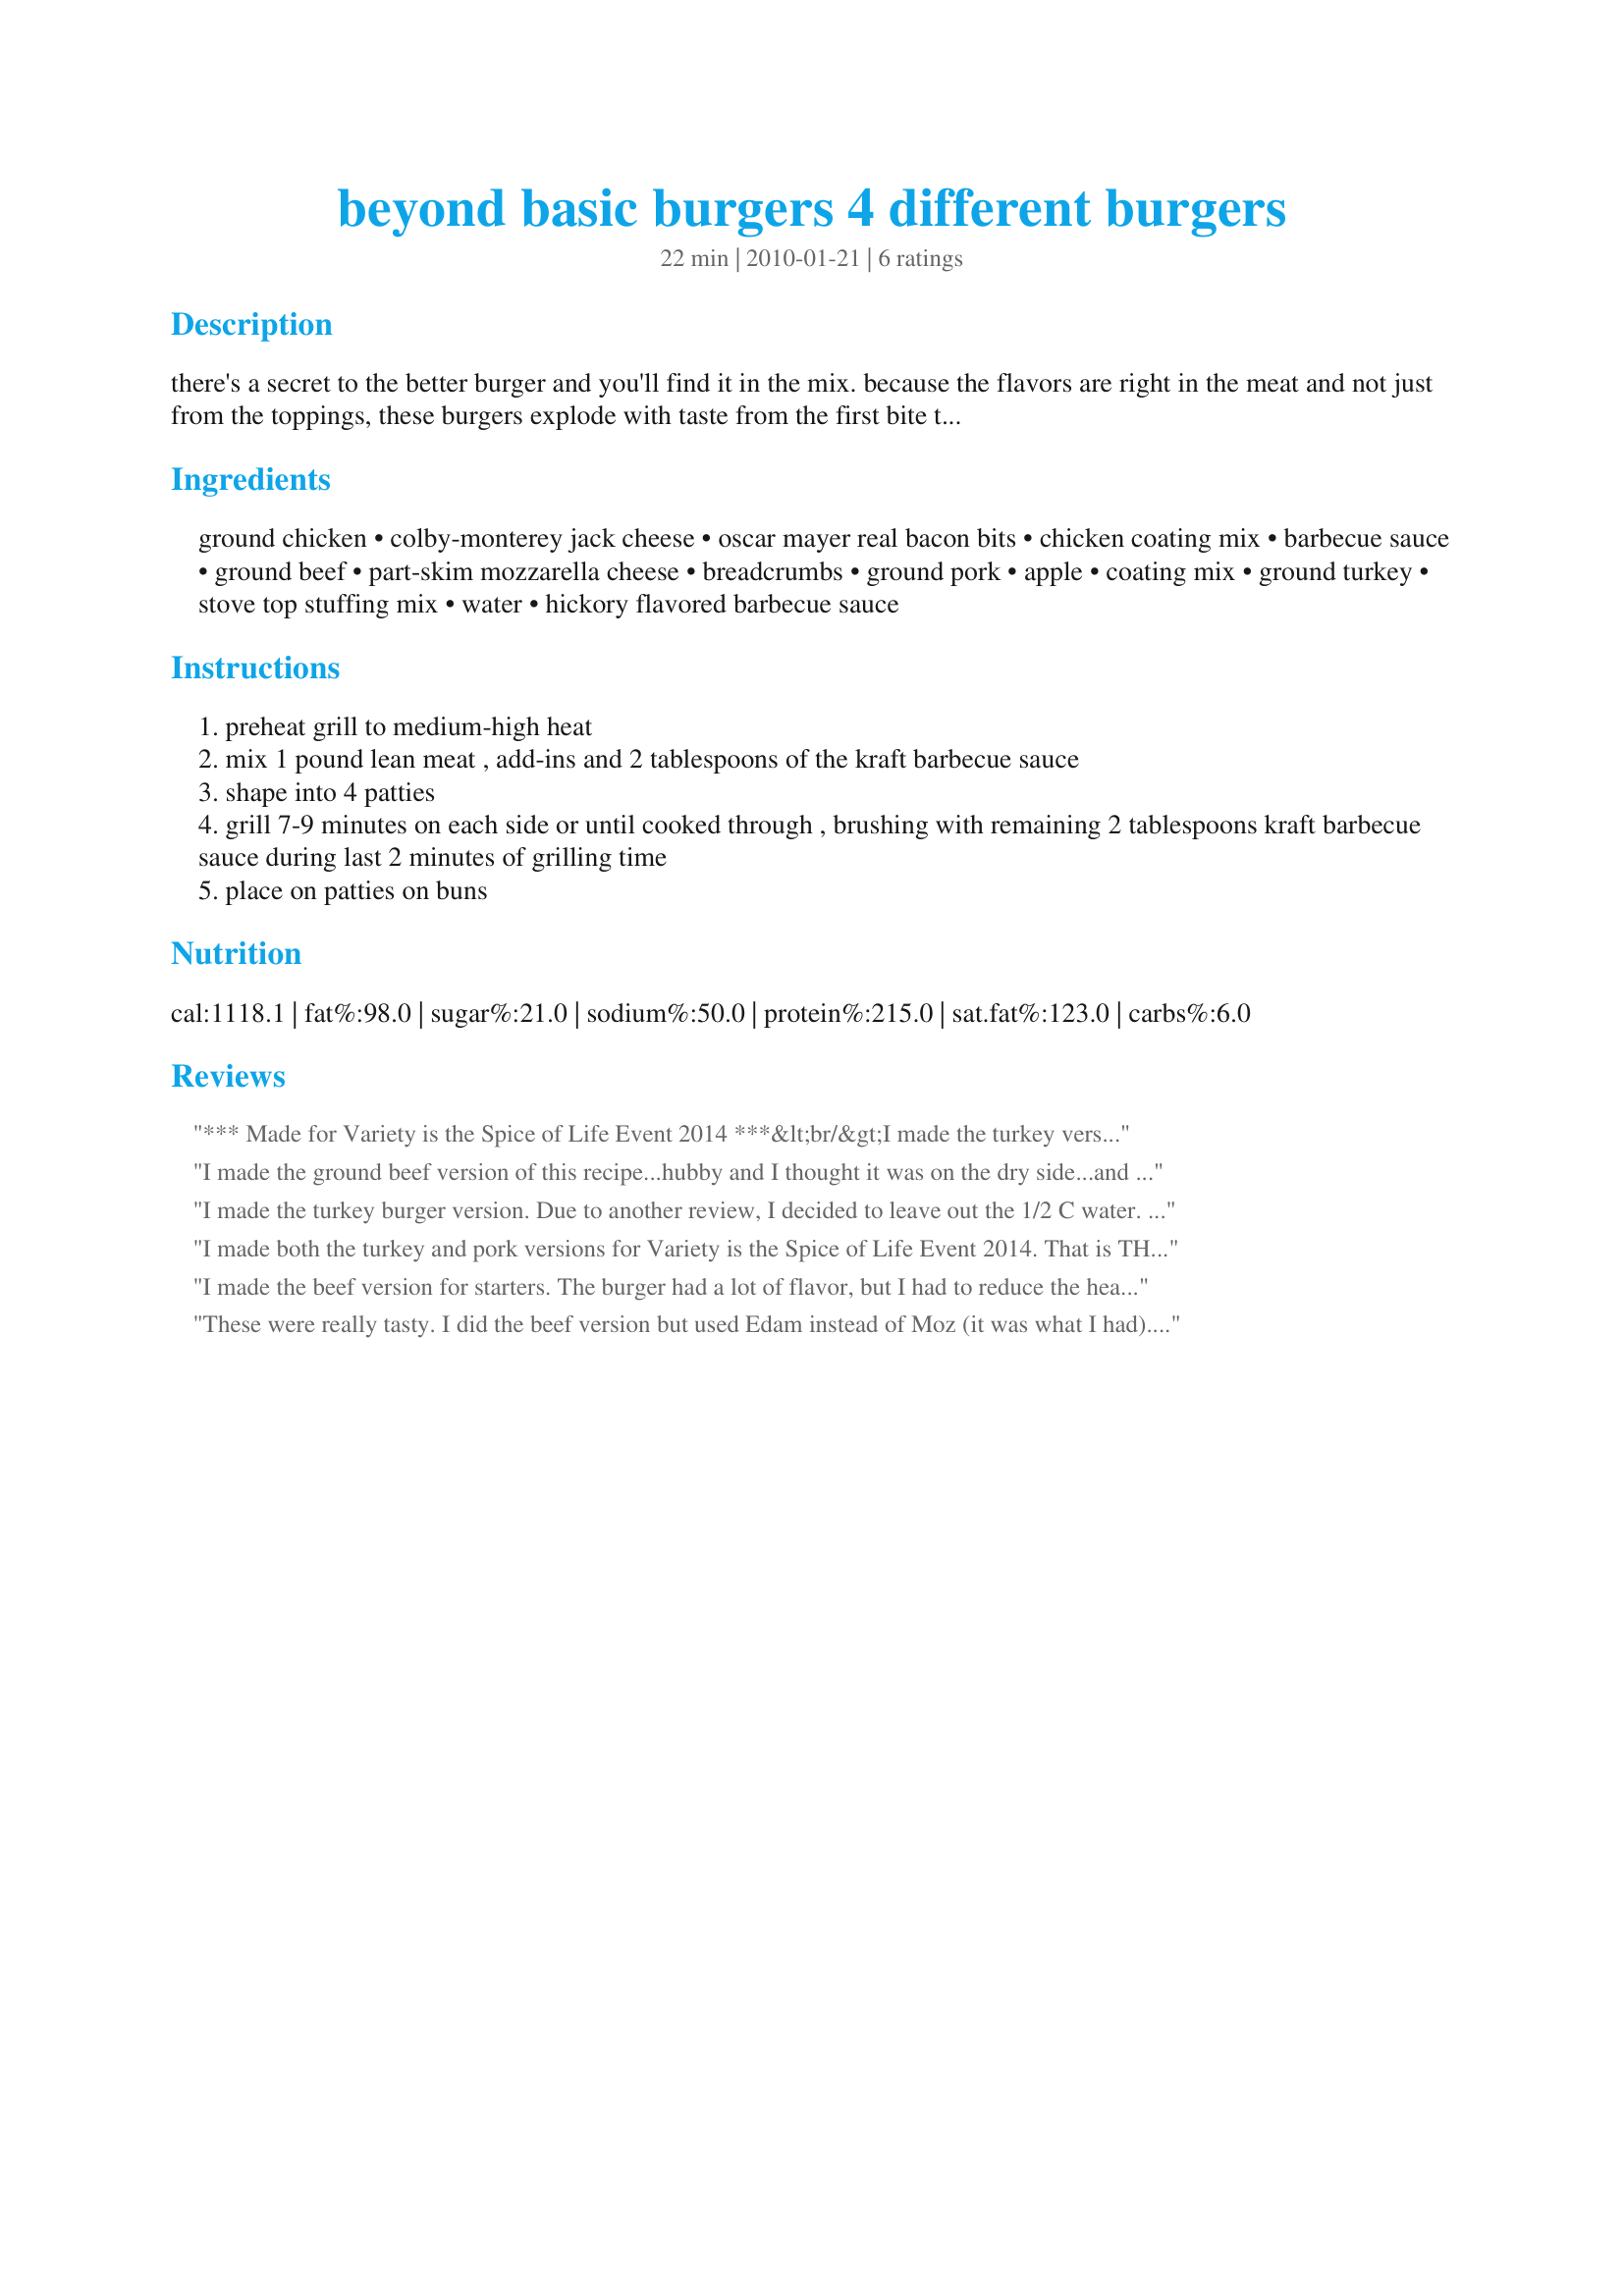
beyond basic burgers 4 different burgers
Preparation time: 22 minutes

there's a secret to the better burger and you'll find it in the mix. because the flavors are right in the meat and not just from the toppings, these burgers explode with taste from the first bite to the last. make an everyday barbecue taste gourmet from the inside out. i found the recipe in kraft food & family magazine. i have not tried this recipe, but i'm posting it for safe keeping.

Ingredients:
ground chicken, colby-monterey jack cheese, oscar mayer real bacon bits, chicken coating mix, barbecue sauce, ground beef, part-skim mozzarella cheese, breadcrumbs, ground pork, apple, coating mix, ground turkey, stove top stuffing mix, water, hickory flavored barbecue sauce

Steps:
preheat grill to medium-high heat
mix 1 pound lean meat , add-ins and 2 tablespoons of the kraft barbecue sauce
shape into 4 patties
grill 7-9 minutes on each side or until cooked through , brushing with remaining 2 tablespoons kraft barbecue sauce during last 2 minutes of grilling time
place on patties on buns

Reviews:
*** Made for Variety is the Spice of Life Event 2014 ***&lt;br/&gt;I made the turkey version. Great flavor. HOWEVER, I used a frozen brand of ground turkey - EPIC fail. If you are going to make this version, please use FRESH ground turkey if you can get it. Or, buy turkey and grind your own. I had to use what was on hand at my store. If you find yourself having to use frozen ground turkey like I did, OMIT the 1/2 cup of water it calls for. And, possibly add more stuffing mix. I didn&#039;t have any more stuffing mix on hand, and no bread crumbs either. What I did end up doing was browning the mixture and used it in sloppy joes. I tasted the turkey mixture when it was cooked, and I do believe it would be a great as a burger. I am posting my experience, hoping to help others avoid problems. I am not criticizing the recipe at all. Like I said, it does have great flavor. Thank you internetnut for this recipe. I am going to try the other versions of this recipe.
I made the ground beef version of this recipe...hubby and I thought it was on the dry side...and it taste like meatloaf...it made 4 huge patties...with all the bread crumbs this would easily made 6 patties...we had to add extra bbq sauce to get it down...I do have to say this made a great meatloaf sandwich the next day...I sliced them into thinner patties with ketchup and sliced onions...yum...I gave this 4 stars for the leftover patties...Made for Variety is the Spice of Life Event 2014...
I made the turkey burger version. Due to another review, I decided to leave out the 1/2 C water. The turkey burger consistency was very good. I think if I had added water, it would have been too wet. The flavor was really good and different with the stuffing mixed in. Thank you for posting the variations!
I made both the turkey and pork versions for Variety is the Spice of Life Event 2014. That is THE BEST turkey burger I&#039;ve EVER hasd which will make my heart healthy mom very happy! BUT it was a bit too wet. I would leave the water out altogether. (I used fresh ground turkey). On the other hand, the pork burger was dry &amp; dense but still delicious. I would add some water to that recipe. 1lb meat for each recipe made for burgers of each flavor which fed my family of 4 perfectly. :) Thank you!!
I made the beef version for starters. The burger had a lot of flavor, but I had to reduce the heat because they were burning. Made for the Variety Event in the Contests and Events forum.
These were really tasty. I did the beef version but used Edam instead of Moz (it was what I had). Used half the amount of breadcrumbs (fresh, but dried overnight). Made a mistake and didn&#039;t notice the bbq sauce amt was to be divided so my burgers were a little soft but since I cooked them in a non-stick skillet inside (don&#039;t have a grill) they were ok, though got pretty blackened from the sugar in the sauce. Served with American cheese slices, a little extra bbq sauce, and homemade dill pickled onions. Thanks for sharing! [Made for Variety is the Spice of Life 2014]
